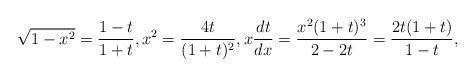
LaTeX: \begin{align*}\sqrt{1-x^2}=\frac{1-t}{1+t}, x^2=\frac{4t}{(1+t)^2}, x \frac{dt}{dx}=\frac{x^2(1+t)^3}{2-2t}=\frac{2t (1+t)}{1-t},\end{align*}